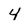
Character: 4